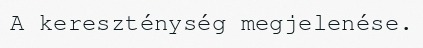
A kereszténység megjelenése.